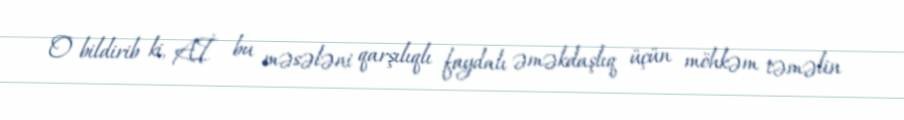
O bildirib ki, Aİ bu məsələni qarşılıqlı faydalı əməkdaşlıq üçün möhkəm təməlin